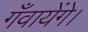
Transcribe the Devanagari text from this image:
गँवायेंगे।